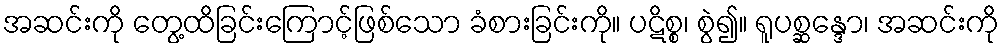
အဆင်းကို တွေ့ထိခြင်းကြောင့်ဖြစ်သော ခံစားခြင်းကို။ ပဋိစ္စ၊ စွဲ၍။ ရူပစ္ဆန္ဒော၊ အဆင်းကို